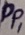
Text: PP1